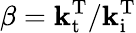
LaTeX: \beta=\mathbf{k}_{\mathrm{{t}}}^{\mathrm{{T}}}/\mathbf{k}_{\mathrm{{i}}}^{\mathrm{{T}}}